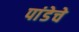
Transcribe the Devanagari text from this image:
पांडेचे